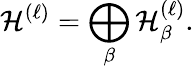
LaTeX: {\cal H}^{(\ell)}=\bigoplus_{\beta}{\cal H}_{\beta}^{(\ell)}.